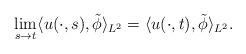
LaTeX: \begin{align*} \lim_{s\rightarrow t}\langle u(\cdot,s),\tilde{\phi}\rangle_{L^{2}} =\langle u(\cdot,t),\tilde{\phi}\rangle_{L^{2}}. \end{align*}